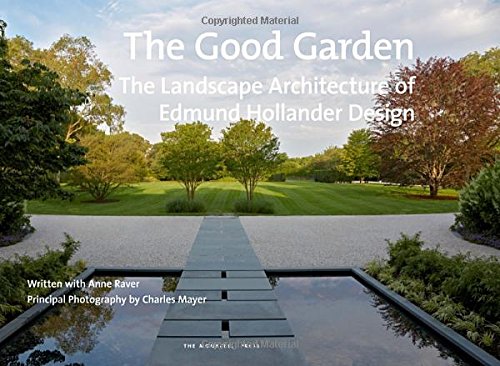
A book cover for The Good Garden: The Landscape Architecture of Edmund Hollander Design; Edmund Hollander; Crafts, Hobbies & Home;